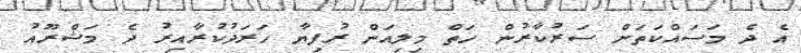
އެ ދެ މަސައްކަތަށް ސަރުކާރުން ހަތް މިލިއަން ރުފިޔާ ހަރަދުކުރާއިރު ދެ މަޝްރޫއު